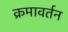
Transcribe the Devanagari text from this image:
क्रमावर्तन